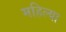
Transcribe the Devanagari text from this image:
महिल्या